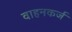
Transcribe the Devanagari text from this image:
वाहनकर्ज